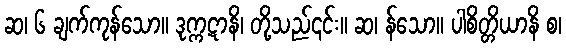
ဆ၊ ၆ ချက်ကုန်သော။ ဒုက္ကဋာနိ၊ တို့သည်၎င်း။ ဆ၊ န်သော။ ပါစိတ္တိယာနိ စ၊